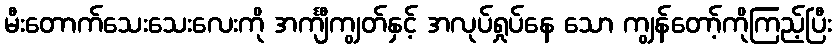
မီးတောက်သေးသေးလေးကို အင်္ကျီကျွတ်နှင့် အလုပ်ရှုပ်နေ သော ကျွန်တော့်ကိုကြည့်ပြီး